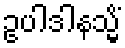
ဥပါဒါနသ္မိံ